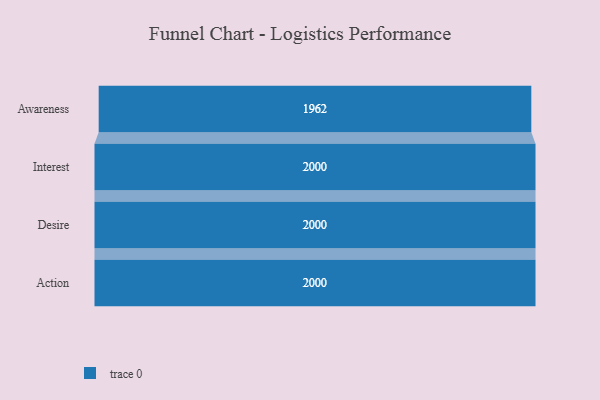
{"axis": {"x": "Stage", "y": "Value"}, "legend": [""], "data": [{"x": "Awareness", "y": 1962.0, "type": ""}, {"x": "Interest", "y": 2000, "type": ""}, {"x": "Desire", "y": 2000, "type": ""}, {"x": "Action", "y": 2000, "type": ""}]}